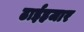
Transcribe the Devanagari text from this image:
ढाईहजार